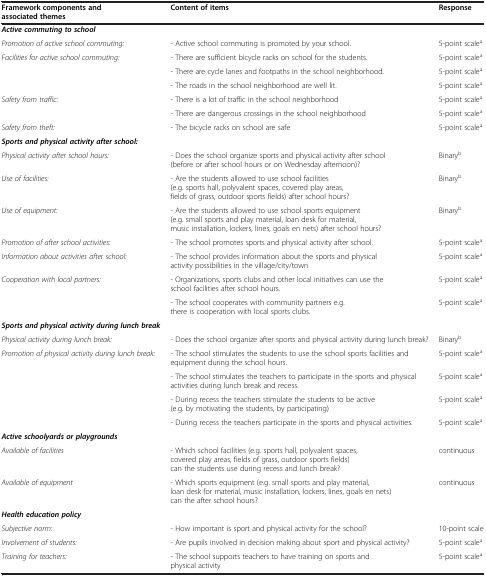
| Framework components and associated themes | Content of items | Response |
 | --- | --- | --- |
 | Active commuting to school |  |  |
 | Promotion of active school commuting: | - Active school commuting is promoted by your school. | 5-point scalea |
 | Facilities for active school commuting: | - There are sufficient bicycle racks on school for the students. | 5-point scalea |
 |  | - There are cycle lanes and footpaths in the school neighborhood. | 5-point scalea |
 |  | - The roads in the school neighborhood are well lit. | 5-point scalea |
 | Safety from traffic: | - There is a lot of traffic in the school neighborhood | 5-point scalea |
 |  | - There are dangerous crossings in the school neighborhood | 5-point scalea |
 | Safety from theft: | - The bicycle racks on school are safe | 5-point scalea |
 | Sports and physical activity after school: |  |  |
 | Physical activity after school hours: | - Does the school organize sports and physical activity after school (before or after school hours or on Wednesday afternoon)? | Binaryb |
 | Use of facilities: | - Are the students allowed to use school facilities (e.g. sports hall, polyvalent spaces, covered play areas, fields of grass, outdoor sports fields) after school hours? | Binaryb |
 | Use of equipment: | - Are the students allowed to use school sports equipment (e.g. small sports and play material, loan desk for material, music installation, lockers, lines, goals en nets) after school hours? | Binaryb |
 | Promotion of after school activities: | - The school promotes sports and physical activity after school. | 5-point scalea |
 | Information about activities after school: | - The school provides information about the sports and physical activity possibilities in the village/city/town | 5-point scalea |
 | Cooperation with local partners: | - Organizations, sports clubs and other local initiatives can use the school facilities after school hours. | 5-point scalea |
 |  | - The school cooperates with community partners e.g. there is cooperation with local sports clubs. | 5-point scalea |
 | Sports and physical activity during lunch break |  |  |
 | Physical activity during lunch break: | - Does the school organize after sports and physical activity during lunch break? | Binaryb |
 | Promotion of physical activity during lunch break: | - The school stimulates the students to use the school sports facilities and equipment during the school hours. | 5-point scalea |
 |  | - The school stimulates the teachers to participate in the sports and physical activities during lunch break and recess. | 5-point scalea |
 |  | - During recess the teachers stimulate the students to be active (e.g. by motivating the students, by participating) | 5-point scalea |
 |  | - During recess the teachers participate in the sports and physical activities. | 5-point scalea |
 | Active schoolyards or playgrounds |  |  |
 | Available of facilities | - Which school facilities (e.g. sports hall, polyvalent spaces, covered play areas, fields of grass, outdoor sports fields) can the students use during recess and lunch break? | continuous |
 | Available of equipment | - Which sports equipment (e.g. small sports and play material, loan desk for material, music installation, lockers, lines, goals en nets) can the after school hours? | continuous |
 | Health education policy |  |  |
 | Subjective norm: | - How important is sport and physical activity for the school? | 10-point scale |
 | Involvement of students: | - Are pupils involved in decision making about sport and physical activity? | 5-point scalea |
 | Training for teachers: | - The school supports teachers to have training on sports and physical activity | 5-point scalea |